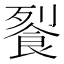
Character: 𲋗